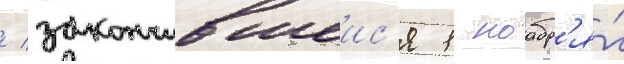
/ закончившеис'я 1 ноабр'я́